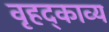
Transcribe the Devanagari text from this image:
वृहद्काव्य